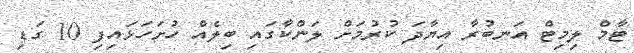
ޓާމް ލިމިޓް އަނބުރާ އިޔާދަ ކުރުމަށް ލަންކާގައި ބިލެއް ހުށަހަޅައިފި 10 ގަޑި